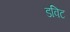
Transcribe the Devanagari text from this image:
डविट